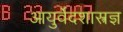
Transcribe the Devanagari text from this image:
आयुर्वेदशास्त्रज्ञ